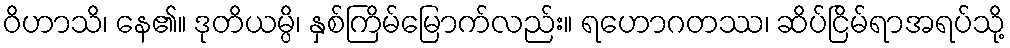
ဝိဟာသိ၊ နေ၏။ ဒုတိယမ္ပိ၊ နှစ်ကြိမ်မြောက်လည်း။ ရဟောဂတဿ၊ ဆိပ်ငြိမ်ရာအရပ်သို့